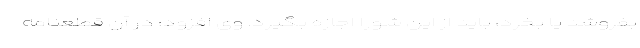
بفروشد یا بخرد، باید از این شورا اجازه بگیرد. وی افزود: در آن قطعنامه